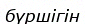
бүршігін